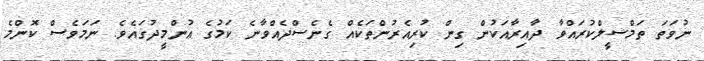
ނުވަތަ ތަމްސީލްކުރައްވާ ދާއިރާއަކުން ގިން ކުރިއެރުންތަކެއް ގެނެސްދެއްވާނެ ކަމުގެ އުންމީދުގައެވެ. ނަމަވެސް ކޮންމެ